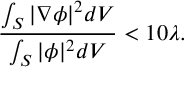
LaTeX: \frac { \int _ { S } \vert \nabla \phi \vert ^ { 2 } d V } { \int _ { S } \vert \phi \vert ^ { 2 } d V } < 1 0 \lambda .